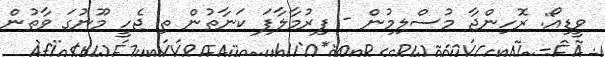
ވީޑިއޯ: ރޮހިންޖާ މުސްލިމުން - ފިރުމާލާފަ ކަނާތުން ތި ޖެހީ މޫނުގަ ވާތުން